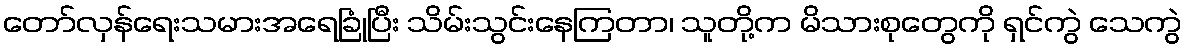
တော်လှန်ရေးသမားအရေခြုံပြီး သိမ်းသွင်းနေကြတာ၊ သူတို့က မိသားစုတွေကို ရှင်ကွဲ သေကွဲ